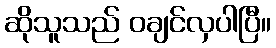
ဆိုသူသည် ဝချင်လှပါပြီ။